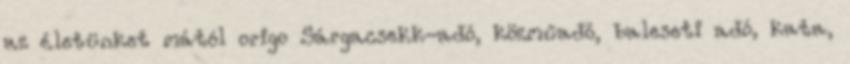
az életünket mától origo Sárgacsekk-adó, közműadó, baleseti adó, kata,